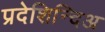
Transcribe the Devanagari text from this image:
प्रदेशिन्दिअ